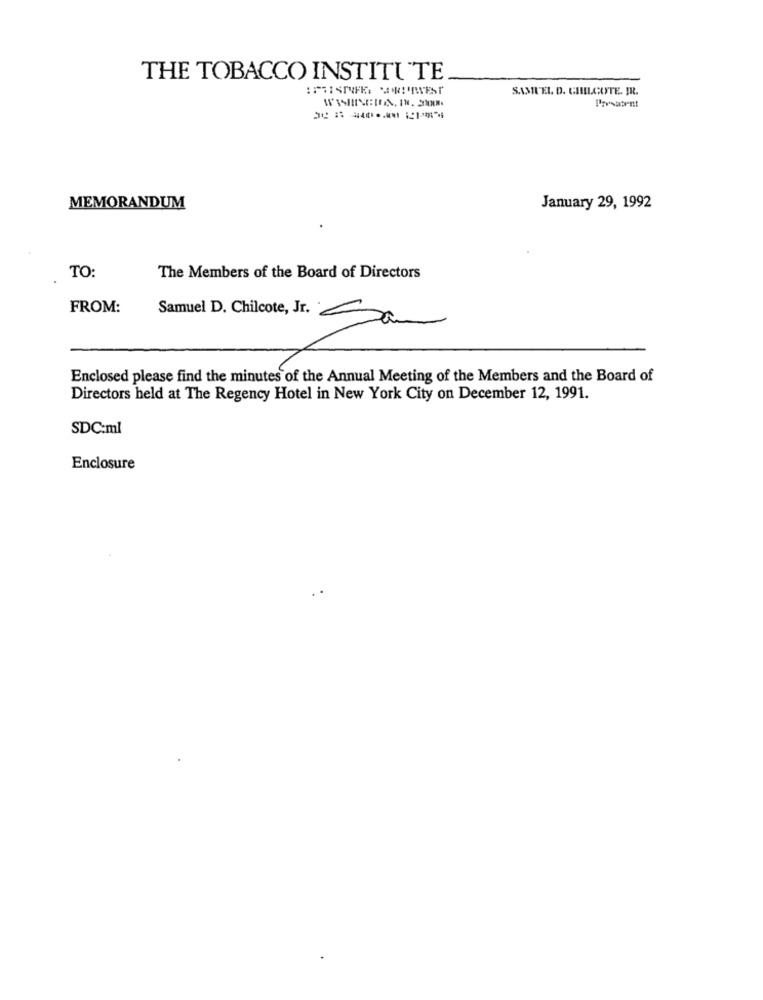
THE TOBACCO INSTITUTE
SAMUEL D. CHILCATE. JR.
Presacent
MEMORANDUM
January 29, 1992
TO:
The Members of the Board of Directors
FROM:
Samuel D. Chilcote, Jr. Ssa
Enclosed please find the minutes of the Annual Meeting of the Members and the Board of
Directors held at The Regency Hotel in New York City on December 12, 1991.
SDC:ml
Enclosure